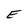
Character: E